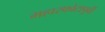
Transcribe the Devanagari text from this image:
महास्फोटापूर्वी